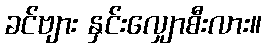
ခင်ဗျား နှင်းလျှောစီးလား။